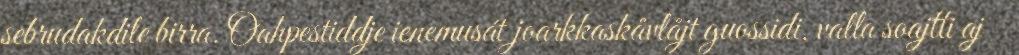
sebrudakdile birra. Oahpestiddje ienemusát joarkkaskåvlåjt guossidi, valla soajtti aj